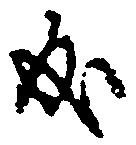
成